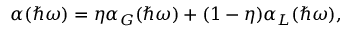
\alpha ( \hbar \omega ) = \eta \alpha _ { G } ( \hbar \omega ) + ( 1 - \eta ) \alpha _ { L } ( \hbar \omega ) ,